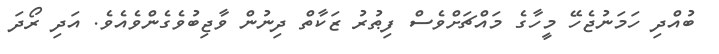
ބުއްދި ހަމަނުޖެހޭ މީހާގެ މައްޗަށްވެސް ފިޠުރު ޒަކާތް ދިނުން ވާޖިބުވެގެންވެއެވެ. އަދި ރޯދަ